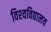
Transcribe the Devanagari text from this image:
विश्‍वविद्यालय